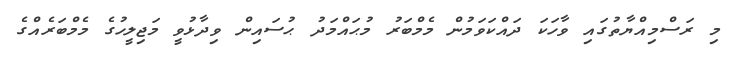
މި ރަސްމިއްޔާތުގައި ވާހަކަ ދައްކަވަމުން މެމްބަރު މުޙައްމަދު ޙުސައިން ވިދާޅުވީ މަޖިލީހުގެ މެމްބަރެއްގެ